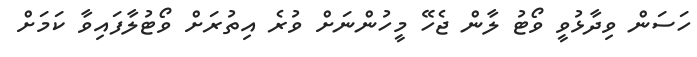
ހަސަން ވިދާޅުވީ ވޯޓު ލާން ޖެހޭ މީހުންނަށް ވުރެ އިތުރަށް ވޯޓުލާފައިވާ ކަމަށް